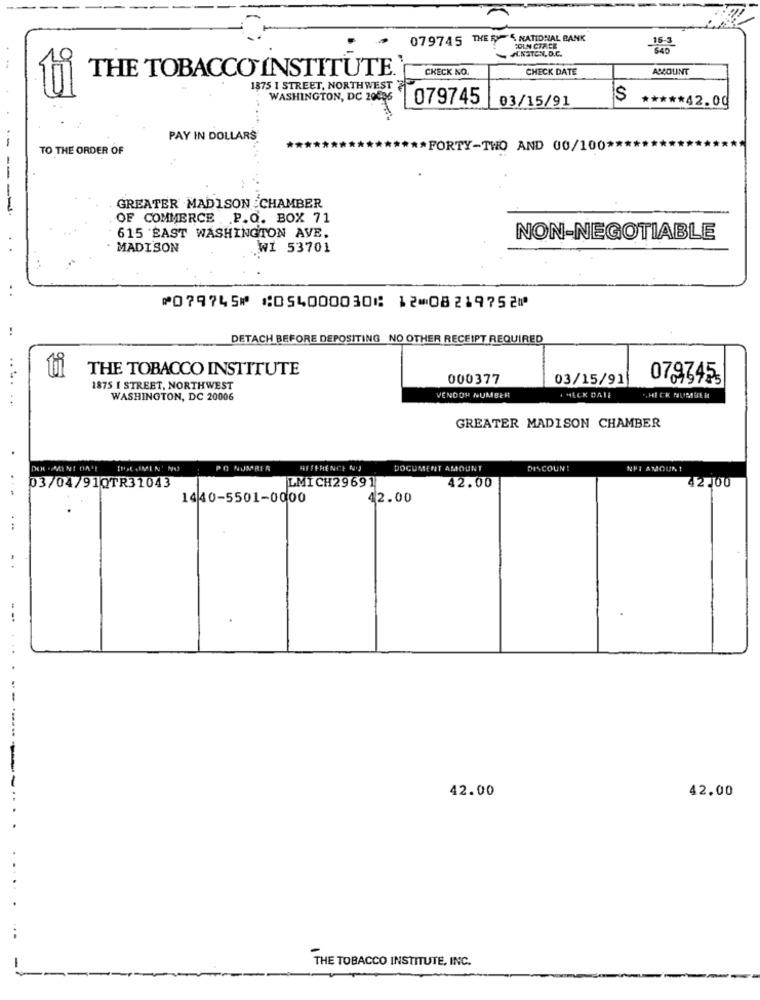
079745 THERE NATIONAL BANK
15-3
A.NSTEN, D.C.
COLN CIACE
BAD
9
THE TOBACCO INSTITUTE.'
CHECK NO.
CHECK DATE
ACCOUNT
1875 I STREET, NORTHWEST
WASHINGTON, DC 20836
079745
S
***** 42.00
03/15/91
PAY IN DOLLARS
TO THE ORDER OF
** FORTY-TWO AND 00/100 **
----
GREATER MADISON CHAMBER
OF COMMERCE . P.O. BOX 71
615 EAST WASHINGTON AVE.
NON-NEGOTIABLE
. MADISON
WI 53701
⑈079745⑈ ⑆054000030⑆ 12⑉08219752⑈
DETACH BEFORE DEPOSITING NO OTHER RECEIPT REQUIRED
THE TOBACCO INSTITUTE
000377
03/15/91
079345
1875 I STREET, NORTHWEST
WASHINGTON, DC 20006
VENDOY NUMBER
· HECK DATE
.HICK NUMBER
GREATER MADISON CHAMBER
BOL .MEN' NO
PO NUMBER
DOCUMENT AMOUNT
DISCOUN!
NHI AMOUR
03/04/91QTR31043
LMICH29691
42.00
42,00
1440-5501-0000
42.00
..
...
42.00
42.00
THE TOBACCO INSTITUTE, INC.